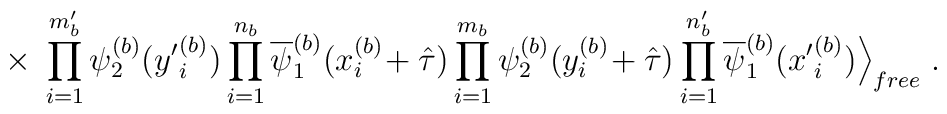
\times \;\prod_{i=1}^{m^\prime_b} \psi^{(b)}_2({y^\prime}_i^{(b)})\prod_{i=1}^{n_b} \overline{\psi}^{(b)}_1(x_i^{(b)}\!+ \hat{\tau})\prod_{i=1}^{m_b} \psi^{(b)}_2(y_i^{(b)}\!+ \hat{\tau})\prod_{i=1}^{n^\prime_b} \overline{\psi}^{(b)}_1({x^\prime}^{(b)}_i)\Big \rangle_{free} \; .